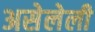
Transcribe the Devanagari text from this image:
असेलेली